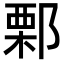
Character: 𨜼